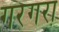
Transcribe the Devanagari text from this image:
गरगरा